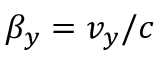
\beta _ { y } = v _ { y } / c